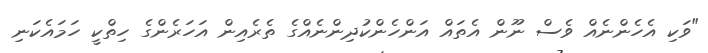
"ވަކި އެހެންނެއް ވެސް ނޫން އެތައް އަންހެންކުދިންނެއްގެ ތެރެއިން އަހަރެންގެ ހިތްކީ ހަމައެކަނި